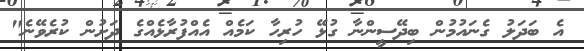
އެ ބަދަލު ގެނައުމުން ބިދޭސީންނާ ގުޅޭ ހުރިހާ ކަމެއް އެއްފުރާޅެއްގެ ދަށުން ކުރެވޭނެ"